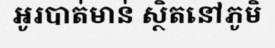
អូរបាត់មាន់ ស្ថិតនៅភូមិ